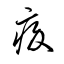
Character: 疥